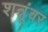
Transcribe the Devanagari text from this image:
शत्रूंवर